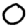
Digit: 0